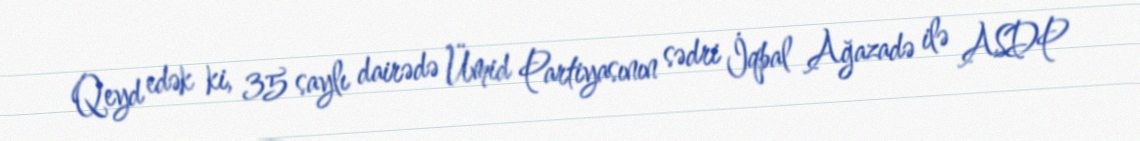
Qeyd edək ki, 35 saylı dairədə Ümid Partiyasının sədri İqbal Ağazadə ilə ASDP